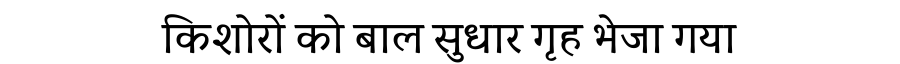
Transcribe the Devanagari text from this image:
किशोरों को बाल सुधार गृह भेजा गया